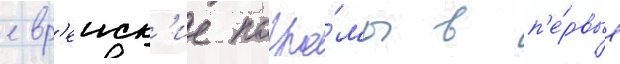
евр'еиск'ие погро́мы в п'е́рвые